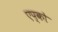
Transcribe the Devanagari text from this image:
एप्को